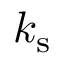
k _ { \mathrm { s } }